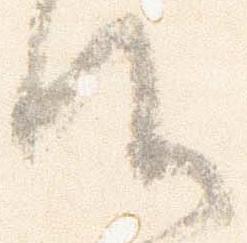
候